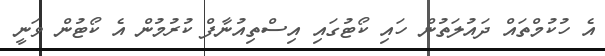
އެ ހުކުމްތައް ދައުލަތުން ހައި ކޯޓުގައި އިސްތިއުނާފް ކުރުމުން އެ ކޯޓުން ވަނީ